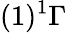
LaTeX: (1)^{1}\Gamma